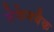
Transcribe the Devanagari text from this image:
जेफेनबैक